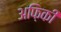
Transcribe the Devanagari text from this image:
अफ़िकी